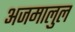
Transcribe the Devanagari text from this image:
अजमालुल